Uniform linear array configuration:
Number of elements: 12
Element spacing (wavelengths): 0.75
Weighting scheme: exponential
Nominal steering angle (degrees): -15
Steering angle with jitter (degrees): -14.321
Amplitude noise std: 0.05
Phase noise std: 0.05

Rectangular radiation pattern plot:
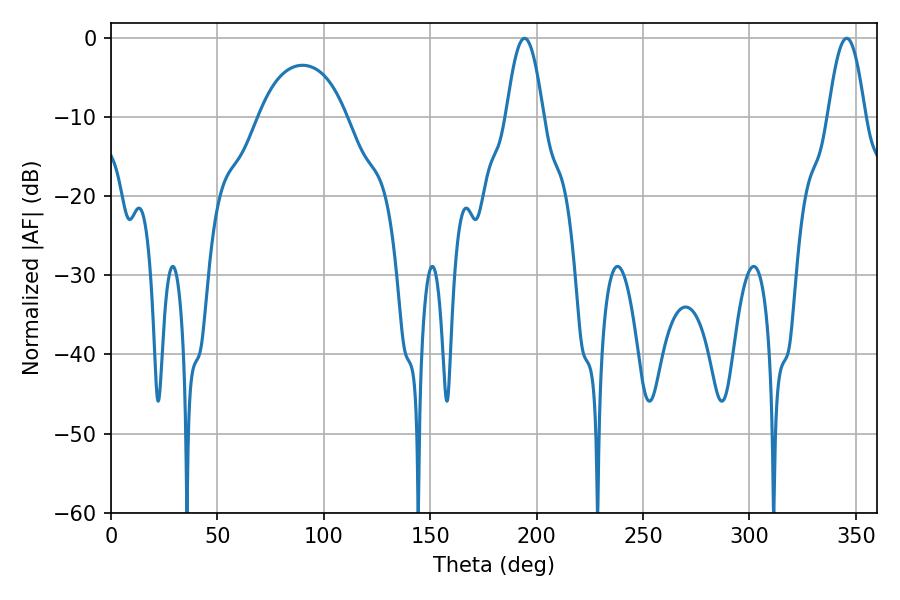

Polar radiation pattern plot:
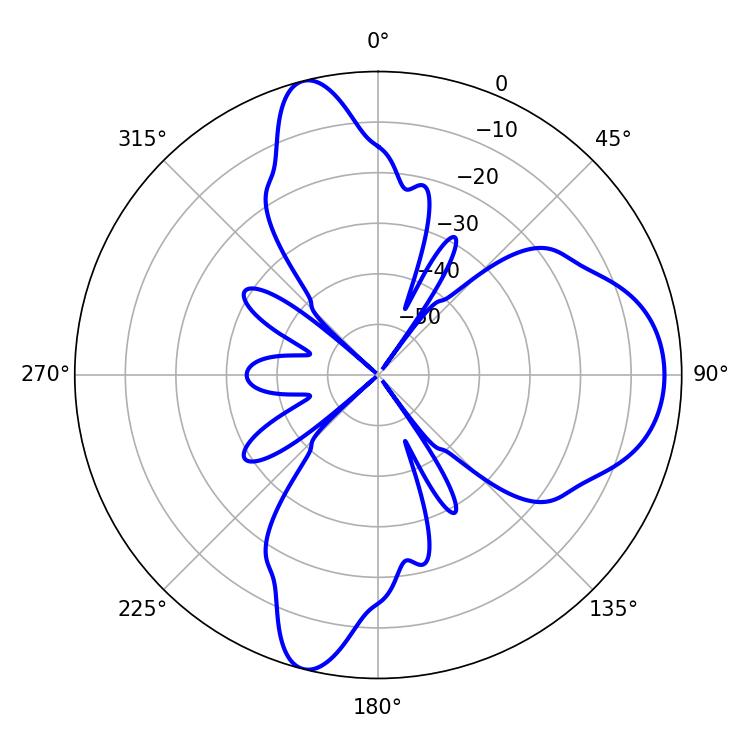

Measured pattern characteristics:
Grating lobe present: TRUE
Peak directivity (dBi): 11.138
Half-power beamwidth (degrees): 9.36
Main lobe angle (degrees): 345.6